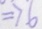
\Rightarrow 6